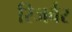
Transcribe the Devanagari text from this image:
रिजर्वर